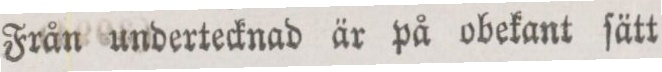
Från undertecknad är på obekant ſätt